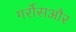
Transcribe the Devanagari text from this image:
गर्रोसऔर